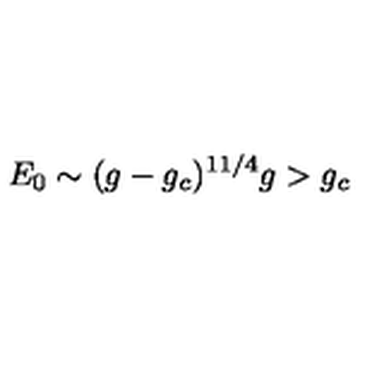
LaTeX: E _ { 0 } \sim ( g - g _ { c } ) ^ { 1 1 / 4 } g > g _ { c }